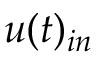
u ( t ) _ { i n }